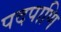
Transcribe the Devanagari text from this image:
पदपाणि